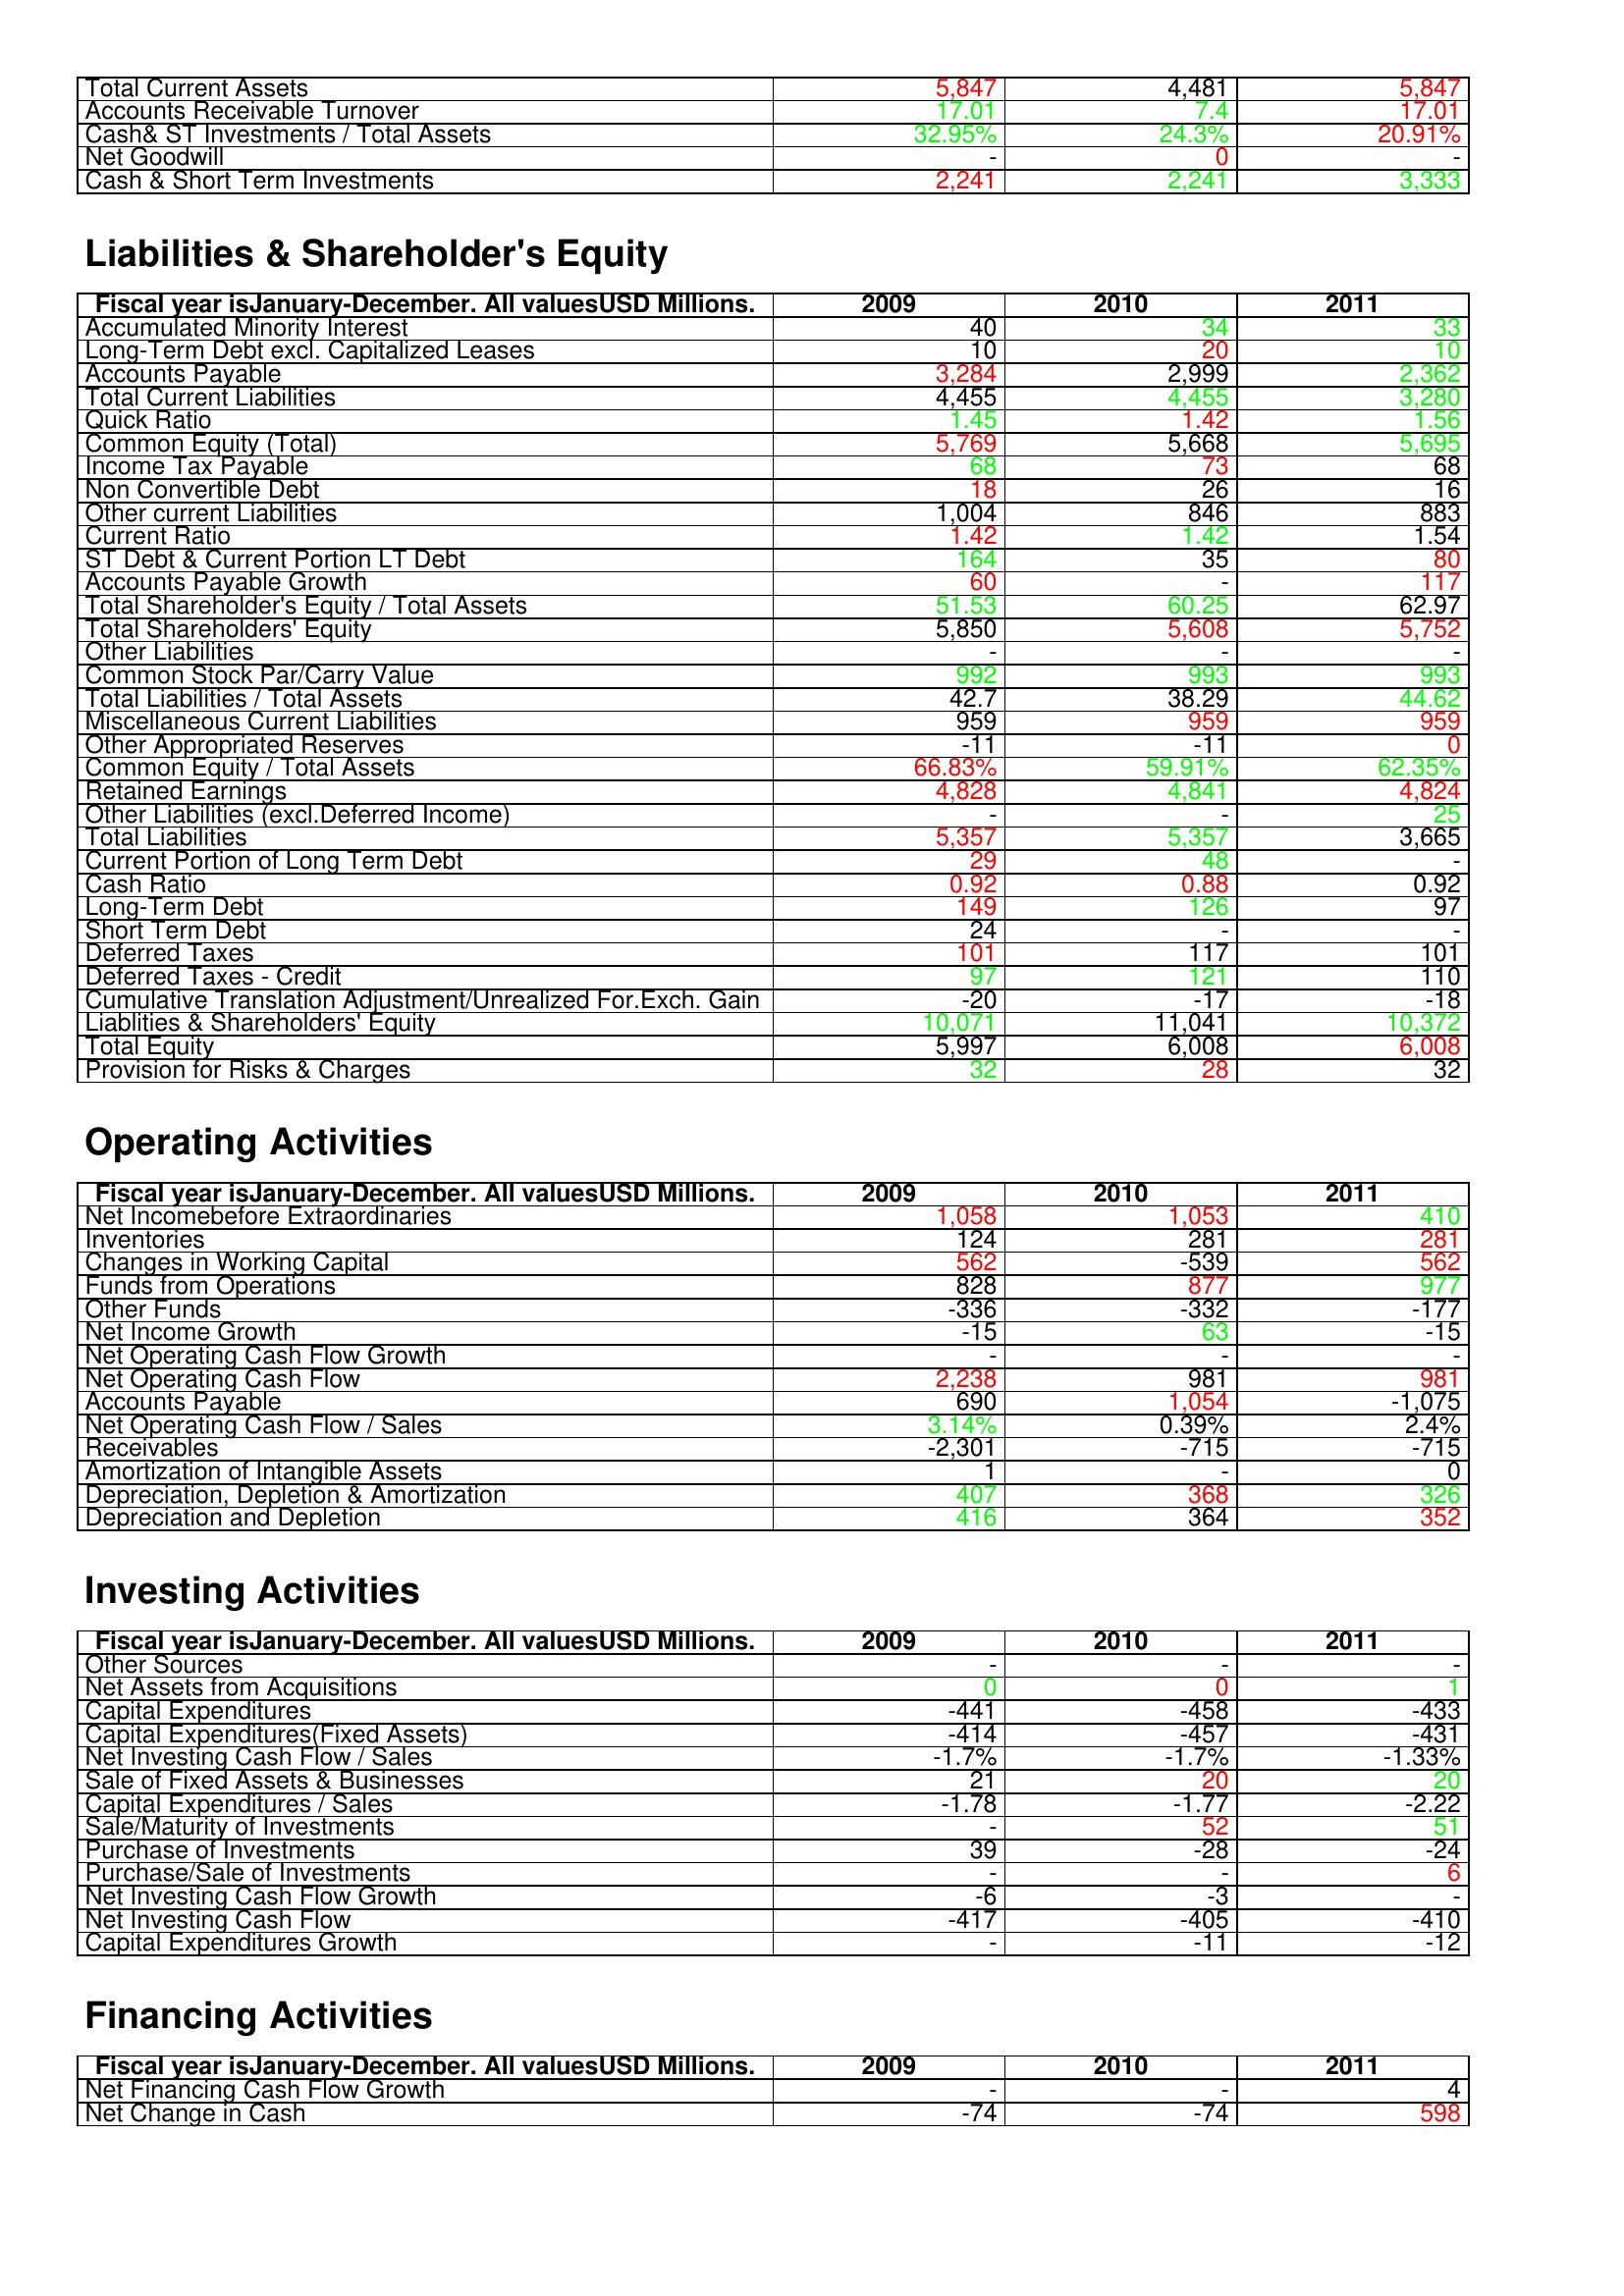
gt_parse: 2009: Assets: Total Current Assets: 5,847
Accounts Receivable Turnover: 17.01
Cash& ST Investments / Total Assets: 32.95%
Net Goodwill: -
Cash & Short Term Investments: 2,241
Liabilities & Shareholder's Equity: Accumulated Minority Interest: 40
Long-Term Debt excl. Capitalized Leases: 10
Accounts Payable: 3,284
Total Current Liabilities: 4,455
Quick Ratio: 1.45
Common Equity (Total): 5,769
Income Tax Payable: 68
Non Convertible Debt: 18
Other current Liabilities: 1,004
Current Ratio: 1.42
ST Debt & Current Portion LT Debt: 164
Accounts Payable Growth: 60
Total Shareholder's Equity / Total Assets: 51.53
Total Shareholders' Equity: 5,850
Other Liabilities: -
Common Stock Par/Carry Value: 992
Total Liabilities / Total Assets: 42.7
Miscellaneous Current Liabilities: 959
Other Appropriated Reserves: -11
Common Equity / Total Assets: 66.83%
Retained Earnings: 4,828
Other Liabilities (excl.Deferred Income): -
Total Liabilities: 5,357
Current Portion of Long Term Debt: 29
Cash Ratio: 0.92
Long-Term Debt: 149
Short Term Debt: 24
Deferred Taxes: 101
Deferred Taxes - Credit: 97
Cumulative Translation Adjustment/Unrealized For.Exch. Gain: -20
Liablities & Shareholders' Equity: 10,071
Total Equity: 5,997
Provision for Risks & Charges: 32
Operating Activities: Net Incomebefore Extraordinaries: 1,058
Inventories: 124
Changes in Working Capital: 562
Funds from Operations: 828
Other Funds: -336
Net Income Growth: -15
Net Operating Cash Flow Growth: -
Net Operating Cash Flow: 2,238
Accounts Payable: 690
Net Operating Cash Flow / Sales: 3.14%
Receivables: -2,301
Amortization of Intangible Assets: 1
Depreciation, Depletion & Amortization: 407
Depreciation and Depletion: 416
Investing Activities: Other Sources: -
Net Assets from Acquisitions: 0
Capital Expenditures: -441
Capital Expenditures(Fixed Assets): -414
Net Investing Cash Flow / Sales: -1.7%
Sale of Fixed Assets & Businesses: 21
Capital Expenditures / Sales: -1.78
Sale/Maturity of Investments: -
Purchase of Investments: 39
Purchase/Sale of Investments: -
Net Investing Cash Flow Growth: -6
Net Investing Cash Flow: -417
Capital Expenditures Growth: -
Financing Activities: Net Financing Cash Flow Growth: -
Net Change in Cash: -74
2010: Assets: Total Current Assets: 4,481
Accounts Receivable Turnover: 7.4
Cash& ST Investments / Total Assets: 24.3%
Net Goodwill: 0
Cash & Short Term Investments: 2,241
Liabilities & Shareholder's Equity: Accumulated Minority Interest: 34
Long-Term Debt excl. Capitalized Leases: 20
Accounts Payable: 2,999
Total Current Liabilities: 4,455
Quick Ratio: 1.42
Common Equity (Total): 5,668
Income Tax Payable: 73
Non Convertible Debt: 26
Other current Liabilities: 846
Current Ratio: 1.42
ST Debt & Current Portion LT Debt: 35
Accounts Payable Growth: -
Total Shareholder's Equity / Total Assets: 60.25
Total Shareholders' Equity: 5,608
Other Liabilities: -
Common Stock Par/Carry Value: 993
Total Liabilities / Total Assets: 38.29
Miscellaneous Current Liabilities: 959
Other Appropriated Reserves: -11
Common Equity / Total Assets: 59.91%
Retained Earnings: 4,841
Other Liabilities (excl.Deferred Income): -
Total Liabilities: 5,357
Current Portion of Long Term Debt: 48
Cash Ratio: 0.88
Long-Term Debt: 126
Short Term Debt: -
Deferred Taxes: 117
Deferred Taxes - Credit: 121
Cumulative Translation Adjustment/Unrealized For.Exch. Gain: -17
Liablities & Shareholders' Equity: 11,041
Total Equity: 6,008
Provision for Risks & Charges: 28
Operating Activities: Net Incomebefore Extraordinaries: 1,053
Inventories: 281
Changes in Working Capital: -539
Funds from Operations: 877
Other Funds: -332
Net Income Growth: 63
Net Operating Cash Flow Growth: -
Net Operating Cash Flow: 981
Accounts Payable: 1,054
Net Operating Cash Flow / Sales: 0.39%
Receivables: -715
Amortization of Intangible Assets: -
Depreciation, Depletion & Amortization: 368
Depreciation and Depletion: 364
Investing Activities: Other Sources: -
Net Assets from Acquisitions: 0
Capital Expenditures: -458
Capital Expenditures(Fixed Assets): -457
Net Investing Cash Flow / Sales: -1.7%
Sale of Fixed Assets & Businesses: 20
Capital Expenditures / Sales: -1.77
Sale/Maturity of Investments: 52
Purchase of Investments: -28
Purchase/Sale of Investments: -
Net Investing Cash Flow Growth: -3
Net Investing Cash Flow: -405
Capital Expenditures Growth: -11
Financing Activities: Net Financing Cash Flow Growth: -
Net Change in Cash: -74
2011: Assets: Total Current Assets: 5,847
Accounts Receivable Turnover: 17.01
Cash& ST Investments / Total Assets: 20.91%
Net Goodwill: -
Cash & Short Term Investments: 3,333
Liabilities & Shareholder's Equity: Accumulated Minority Interest: 33
Long-Term Debt excl. Capitalized Leases: 10
Accounts Payable: 2,362
Total Current Liabilities: 3,280
Quick Ratio: 1.56
Common Equity (Total): 5,695
Income Tax Payable: 68
Non Convertible Debt: 16
Other current Liabilities: 883
Current Ratio: 1.54
ST Debt & Current Portion LT Debt: 80
Accounts Payable Growth: 117
Total Shareholder's Equity / Total Assets: 62.97
Total Shareholders' Equity: 5,752
Other Liabilities: -
Common Stock Par/Carry Value: 993
Total Liabilities / Total Assets: 44.62
Miscellaneous Current Liabilities: 959
Other Appropriated Reserves: 0
Common Equity / Total Assets: 62.35%
Retained Earnings: 4,824
Other Liabilities (excl.Deferred Income): 25
Total Liabilities: 3,665
Current Portion of Long Term Debt: -
Cash Ratio: 0.92
Long-Term Debt: 97
Short Term Debt: -
Deferred Taxes: 101
Deferred Taxes - Credit: 110
Cumulative Translation Adjustment/Unrealized For.Exch. Gain: -18
Liablities & Shareholders' Equity: 10,372
Total Equity: 6,008
Provision for Risks & Charges: 32
Operating Activities: Net Incomebefore Extraordinaries: 410
Inventories: 281
Changes in Working Capital: 562
Funds from Operations: 977
Other Funds: -177
Net Income Growth: -15
Net Operating Cash Flow Growth: -
Net Operating Cash Flow: 981
Accounts Payable: -1,075
Net Operating Cash Flow / Sales: 2.4%
Receivables: -715
Amortization of Intangible Assets: 0
Depreciation, Depletion & Amortization: 326
Depreciation and Depletion: 352
Investing Activities: Other Sources: -
Net Assets from Acquisitions: 1
Capital Expenditures: -433
Capital Expenditures(Fixed Assets): -431
Net Investing Cash Flow / Sales: -1.33%
Sale of Fixed Assets & Businesses: 20
Capital Expenditures / Sales: -2.22
Sale/Maturity of Investments: 51
Purchase of Investments: -24
Purchase/Sale of Investments: 6
Net Investing Cash Flow Growth: -
Net Investing Cash Flow: -410
Capital Expenditures Growth: -12
Financing Activities: Net Financing Cash Flow Growth: 4
Net Change in Cash: 598